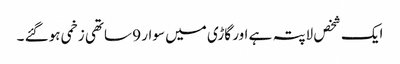
ایک شخص لاپتہ ہے اور گاڑی میں سوار 9 ساتھی زخمی ہوگئے ۔